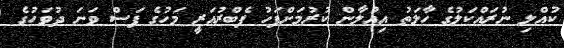
ކުއްލި ނުރައްކަލުގެ ހާލަތު އިއުލާން ކުރުމަށްފަހު ފެބްރުއަރީ މަހުގެ ފަސް ވަނަ ދުވަހުގެ